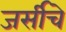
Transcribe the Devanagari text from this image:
जर्सीचे